Indian journal of veterinary science and animal husbandry - Volumes 15-17, 1948-1951
Year: 1948
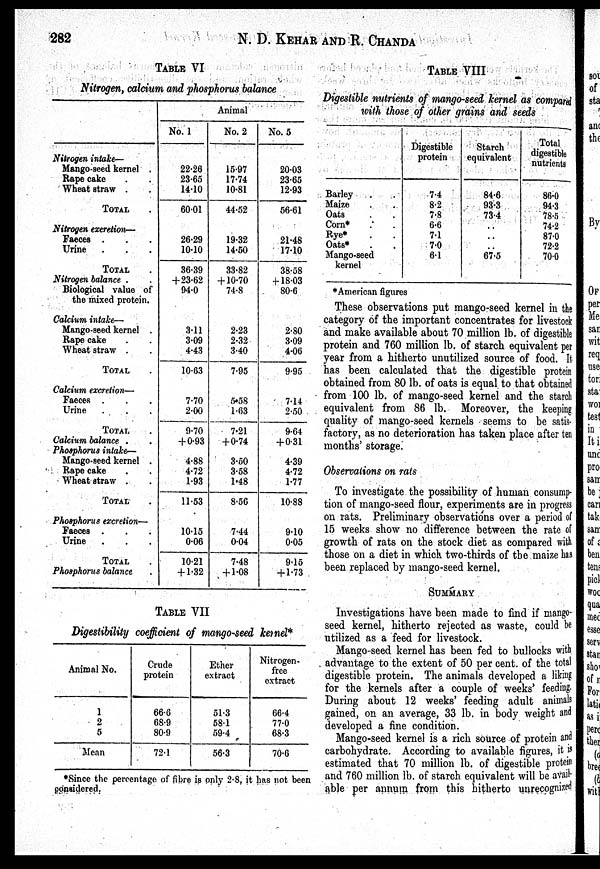
282
N. D. KEHAR AND R. CHANDA
TABLE VI
Nitrogen, calcium and phosphorus balance
Nitrogen intake—
Mango-seed kernel .
Rape cake . .
Wheat straw . .
TOTAL .
Nitrogen exeretion—
Faeces . ..
Urine . . .
TOTAL .
Nitrogen balance . .
Biological value of
the mixed protein.
Calcium intake—
Mango-seed kernel . .
Rape cake . .
Wheat straw . .
TOTAL .
Calcium excretion—
Faeces . . .
Urine . . .
TOTAL .
Calcium balance . .
Phosphorus intake —
Mango-seed kernel .
Rape cake . .
Wheat straw . .
TOTAL .
Phosphorus excretion—
Faeces . . .
Urine . .
TOTAL.
Phosphorus balance .
Animal
No. 1
22.26
23.65
14.10
60.01
26.29
10.10
36.39
+ 23.62
94.0
3.11
3.09
4.43
10.63
7.70
2.00
9.70
+ 0.93
4.88
4.72
1.93
11.53
10.15
0.06
10.21
+ 1.32
No. 2
15.97
17.74
10.81
44.52
19.32
14.50
33.82
+ 10.70
74.8
2.23
2.32
3.40
7.95
5.58
1.63
7.21
+0.74
3.50
3.58
1.48
8.56
7.44
0.04
7.48
+ 1.08
No. 5
20.03
23.65
12.93
56.61
21.48
17.10
38.58
+18.03
80.6
2.80
3.09
4.06
9.95
7.14
2.50
9.64
+ 0.31
4.39
4.72
1.77
10.88
9.10
0.05
9.15
+ 1.73
TABLE VII
Digestibility coefficient of mango-seed kernel*
Animal No.
1
2
5
Mean
Crude
protein
66.6
68.9
80.9
72.1
Ether
extract
51.3
58.1
59.4
56.3
Nitrogen-
free
extract
66.4
77.0
68.3
70.6
TABLE VIII
Digestible nutrients of mango-seed kernel as compared
with those of other grains and seeds
Barley . .
Maize . .
Oats . .
Corn* . .
Rye* . .
Oats* . .
Mango-seed
kernel
Digestible
protein
7.4
8.2
7.8
6.6
7.1
7.0
6.1
Starch
equivalent
84.6
93.3
73.4
..
67.5
Total
digestible
nutrients
86.0
94.3
78.5
74.2
87.0
72.2
70.0
*American figures
These observations put mango-seed kernel in the
category of the important concentrates for livestock
and make available about 70 million lb. of digestible
protein and 760 million lb. of starch equivalent per
year from a hitherto unutilized source of food. It
has been calculated that the digestible protein
obtained from 80 lb. of oats is equal to that obtained
from 100 lb. of mango-seed kernel and the starch
equivalent from 86 lb. Moreover, the keeping
quality of mango-seed kernels seems to be satis-
factory, as no deterioration has taken place after ten
months' storage.
Observations on rats
To investigate the possibility of human consump-
tion of mango-seed flour, experiments are in progress
on rats. Preliminary observations over a period of
15 weeks show no difference between the rate of
growth of rats on the stock diet as compared with
those on a diet in which two-thirds of the maize has
been replaced by mango-seed kernel.
SUMMARY
Investigations have been made to find if mango-
seed kernel, hitherto rejected as waste, could be
utilized as a feed for livestock.
Mango-seed kernel has been fed to bullocks with
advantage to the extent of 50 per cent. of the total
digestible protein. The animals developed a liking
for the kernels after a couple of weeks' feeding.
During about 12 weeks' feeding adult animals
gained, on an average, 33 lb. in body weight and
developed a fine condition.
Mango-seed kernel is a rich source of protein and
carbohydrate. According to available figures, it is
estimated that 70 million lb. of digestible protein
and 760 million lb. of starch equivalent will be avail-
able per annum from this hitherto unrecognized
*Since the percentage of fibre is only 2.8, it has not been
considered.